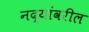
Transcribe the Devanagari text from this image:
नद्यांवरील